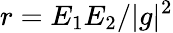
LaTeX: r=E_{1}E_{2}/|g|^{2}